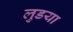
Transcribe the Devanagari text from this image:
लुडया